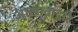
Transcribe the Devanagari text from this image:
आखाताद्वारे